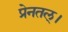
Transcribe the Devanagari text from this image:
प्रेनतल्।